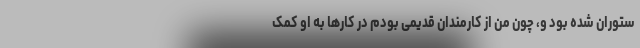
ستوران شده بود و، چون من از کارمندان قدیمی بودم در کار‌ها به او کمک